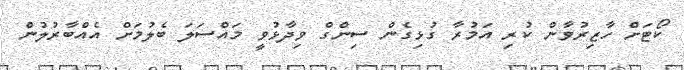
ކޯޓަށް ހާޒިރުވާން ކުރި އަމުރާ ގުޅިގެން ސިންގް ވިދާޅުވީ މައްސަލަ ބެލުމަށް އެއްބާރުލުން